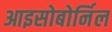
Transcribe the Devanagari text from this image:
आइसोबोर्निल